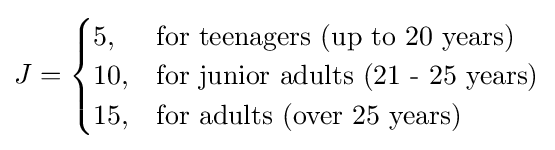
J={\begin{cases}5,&{\text{for teenagers (up to 20 years)}}\\10,&{\text{for junior adults (21 - 25 years)}}\\15,&{\text{for adults (over 25 years)}}\end{cases}}